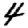
Digit: 4